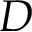
D